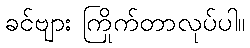
ခင်ဗျား ကြိုက်တာလုပ်ပါ။